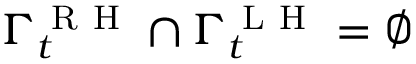
\Gamma _ { t } ^ { \mathrm { ~ R ~ H ~ } } \cap \Gamma _ { t } ^ { \mathrm { ~ L ~ H ~ } } = \varnothing